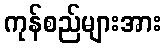
ကုန်စည်များအား